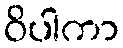
ဝိပါကာ